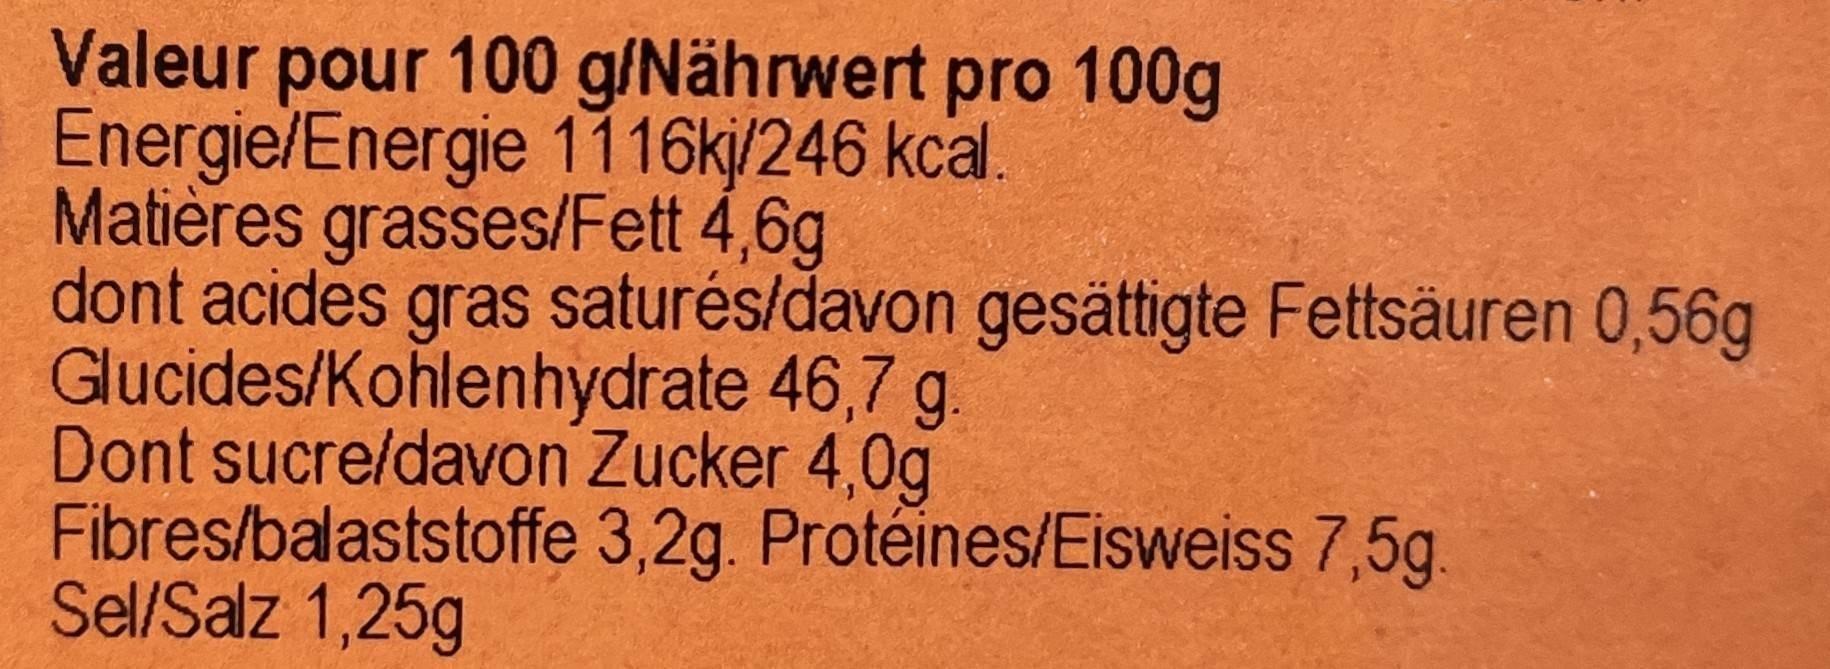
Valeur pour 100 g/Nährwert pro 100g Energie/Energie 1116kj/246 kcal. Matières grasses/Fett 4,6g dont acides gras saturés/davon gesättigte Fettsäuren 0,56g Glucides/Kohlenhydrate 46,7 g. Dont sucre/davon Zucker 4,0g Fibres/balaststoffe 3,2g. Protéines/Eisweiss 7,5g. Sel/Salz 1,25g